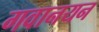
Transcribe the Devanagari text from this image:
गवानयन